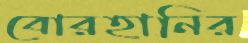
বোরহানির